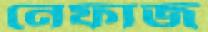
নেফাজ